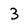
Character: 3